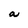
Character: a